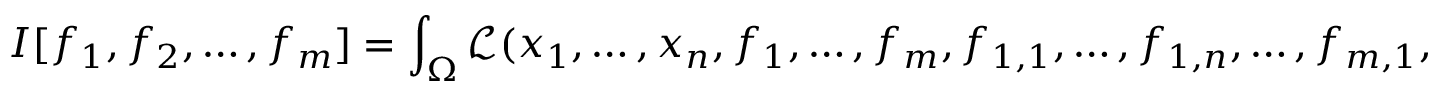
I [ f _ { 1 } , f _ { 2 } , \dots , f _ { m } ] = \int _ { \Omega } { \mathcal { L } } ( x _ { 1 } , \dots , x _ { n } , f _ { 1 } , \dots , f _ { m } , f _ { 1 , 1 } , \dots , f _ { 1 , n } , \dots , f _ { m , 1 } , \dots , f _ { m , n } ) \, \mathrm { d } \mathbf { x } \, \! ~ ; ~ ~ f _ { i , j } : = { \cfrac { \partial f _ { i } } { \partial x _ { j } } }